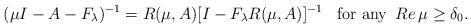
LaTeX: \begin{align*}(\mu I -A-F_\lambda)^{-1}= R(\mu, A)[I -F_\lambda R(\mu, A)]^{-1}\hskip 10pt \hbox{for any}\,\,\, {Re}\,\mu\ge \delta_0. \end{align*}